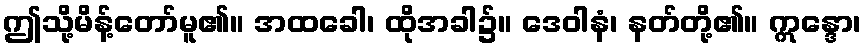
ဤသို့မိန့်တော်မူ၏။ အထခေါ၊ ထိုအခါ၌။ ဒေဝါနံ၊ နတ်တို့၏။ ဣန္ဒော၊